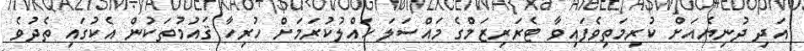
އަދި ދުނިޔެއަށް ކުރިމަތިވެފައިވާ ޓެރަރިޒަމްގެ މައްސަލަ ހައްލުކުރަމަށް ހުރިހާ ޤައުމުތަކުން އެކުގައި ތެދުވެ